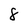
Character: 8